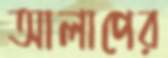
আলাপের